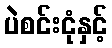
ပဲစင်းငုံနှင့်